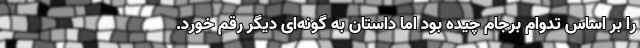
را بر اساس تدوام برجام چیده بود اما داستان به گونه‌ای دیگر رقم خورد.